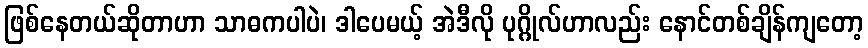
ဖြစ်နေတယ်ဆိုတာဟာ သာဓကပါပဲ၊ ဒါပေမယ့် အဲဒီလို ပုဂ္ဂိုလ်ဟာလည်း နောင်တစ်ချိန်ကျတော့